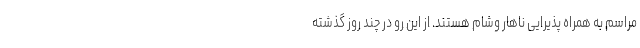
مراسم به همراه پذیرایی ناهار وشام هستند. از این رو در چند روز گذشته